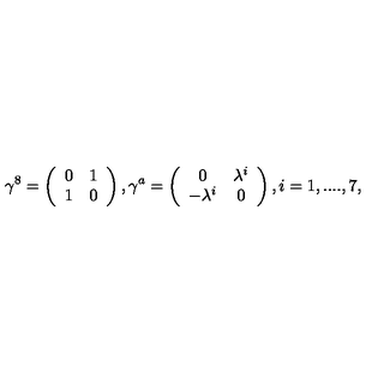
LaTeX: \gamma ^ { 8 } = \left( \begin{array} { c c } { 0 } & { 1 } \\ { 1 } & { 0 } \\ \end{array} \right) , \gamma ^ { a } = \left( \begin{array} { c c } { 0 } & { \lambda ^ { i } } \\ { - \lambda ^ { i } } & { 0 } \\ \end{array} \right) , i = 1 , . . . . , 7 ,